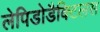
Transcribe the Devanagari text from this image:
लेपिडोडैक्टिलस